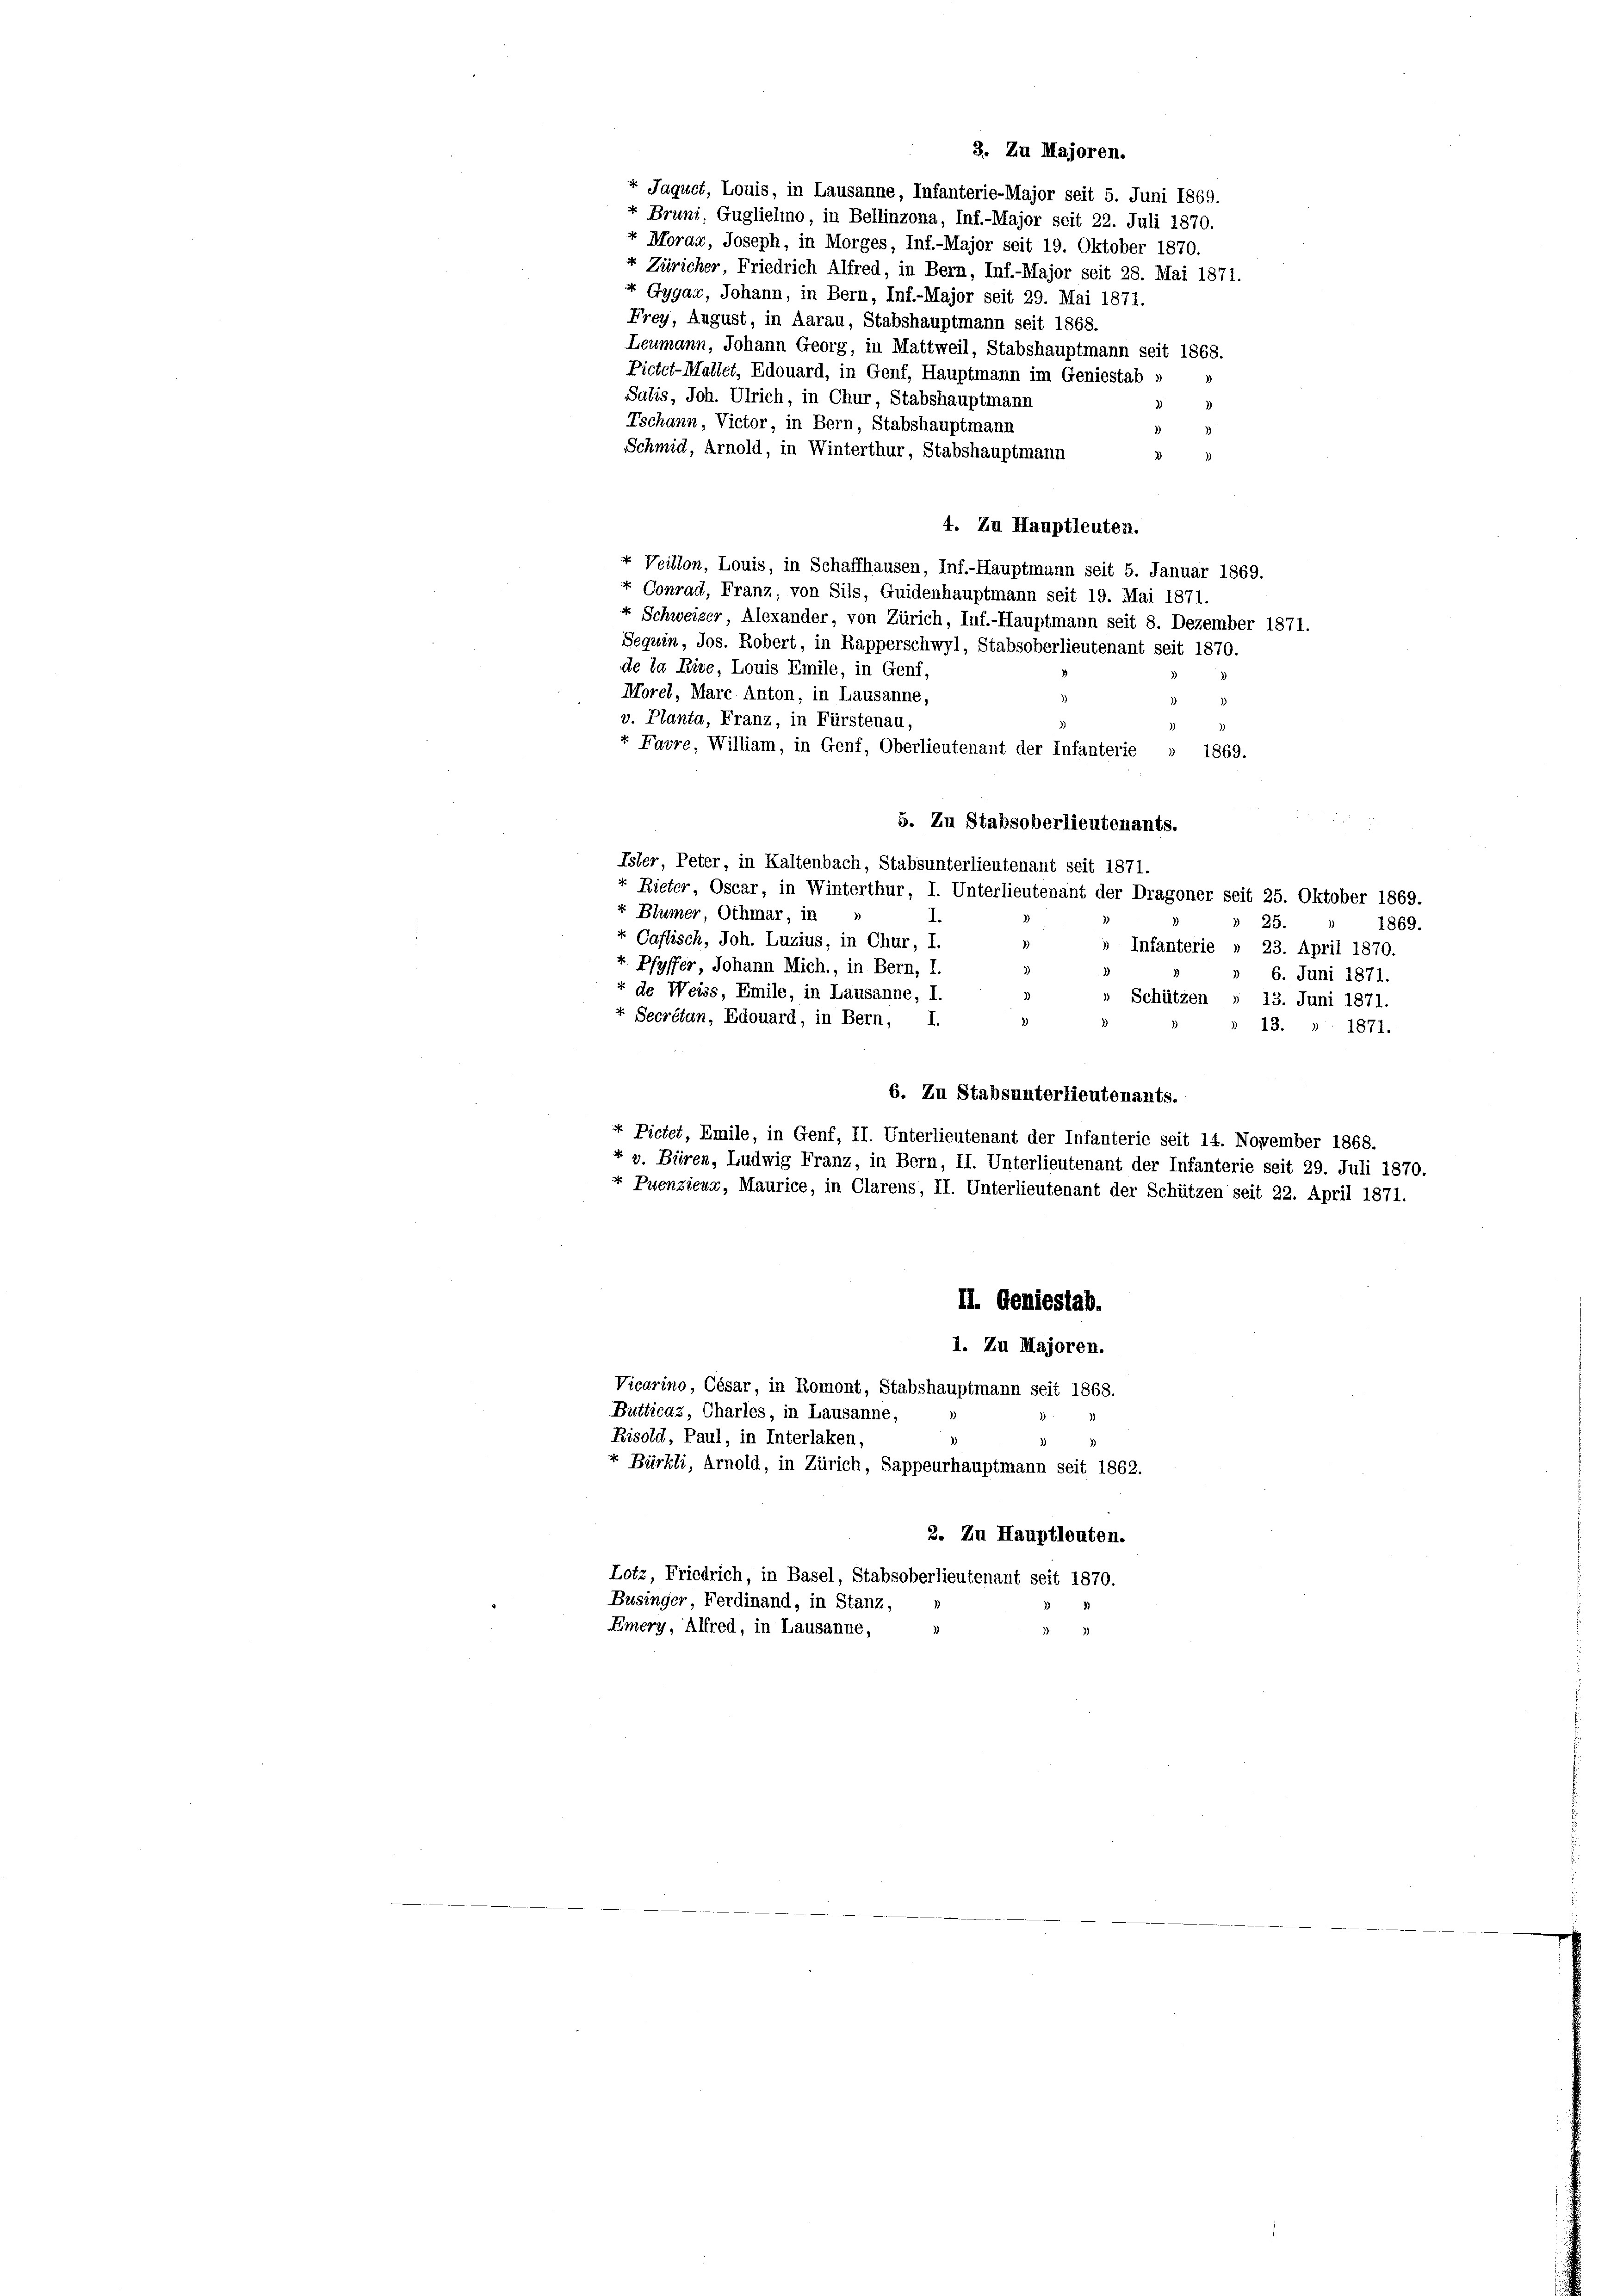
3. Zu Majoren.

+ Jaquet, Louis, in Lausanne, Infanterie-Major seit 5. Juni 1869.
+ Bruni, Guglielmo, in Bellinzona, Inf.-Major seit 22. Juli 1870.
+ Moraa, Joseph, in Morges, Inf.-Major seit 19. Oktober 1870.
4 Züricher, Friedrich Alfred, in Bern, Inf.-Major seit 28. Mai 1871.
 Gygar, Johann, in Bern, Inf.-Major seit 29. Mai 1871.
Frey, August, in Aarau, Stabshauptmann seit 1868.
Leumann, Johann Georg, in Mattweil, Stabshauptmann seit 1868.
Pictet-Mallet, Edouard, in Genf, Hauptmann im Geniestab »
Salis, Joh. Ulrich, in Chur, Stabshauptmann
Tschann, Victor, in Bern, Stabshauptmann
Schmid, Arnold, in Winterthur, Stabshauptmann
d
4. Zu Hauptleuten.
+ Veillon, Louis, in Schaffhausen, Inf.-Hauptmann seit 5. Januar 1869.
x Conrad, Franz, von Sils, Guidenhauptmann seit 19. Mai 1871.
4 Schweizer Alexander, von Zürich, Inf.-Hauptmann seit 8. Dezember 1871.
Seguin, Jos. Robert, in Rapperschwyl, Stabsoberlieutenant seit 1870.
de la Rive, Louis Emile, in Genf,
Morel, Marc Anton, in Lausanne,
v. Planta, Franz, in Fürstenau,
+ Favre, William, in Genf, Oberlieutenant der Infanterie » 1869.
5. Zu Stabsoberlieutenants.
Isler, Peter, in Kaltenbach, Stabsunterlieutenant seit 1871.
Rieter, Oscar, in Winterthur, I. Unterlieutenant der Dragoner seit 25. Oktober 1869.
x Blümer, Othmar, in
25.
1869.
Caflisch, Joh. Luzius, in Chur, I.
Infanterie » 23. April 1870.
 Pfyffer, Johann Mich., in Bern, I.
» 6. Juni 1871.
x de Weiss, Emile, in Lausanne, I.
Schützen » 13. Juni 1871.
+ Secrétan, Edouard, in Bern,
I.
» 13. » 1871.
6. Zu Stabsunterlieutenants.
 Pictet, Emile, in Genf, II. Unterlieutenant der Infanterie seit 14. November 1868.
+ v. Büren, Ludwig Franz, in Bern, II. Unterlieutenant der Infanterie seit 29. Juli 1870.
« Puenzieux, Maurice, in Clarens, II. Unterlieutenant der Schützen seit 22. April 1871.
II. Geniestab.
1. Zu Majoren.
Vicarino, César, in Romont, Stabshauptmann seit 1868.
Butticaz, Charles, in Lausanne,
Risold, Paul, in Interlaken,
+ Bürkli, Arnold, in Zürich, Sappeurhauptmann seit 1862.
2. Zu Hauptleuten.
Lotz, Friedrich, in Basel, Stabsoberlieutenant seit 1870.
Businger, Ferdinand, in Stanz,
Emery, Alfred, in Lausanne,